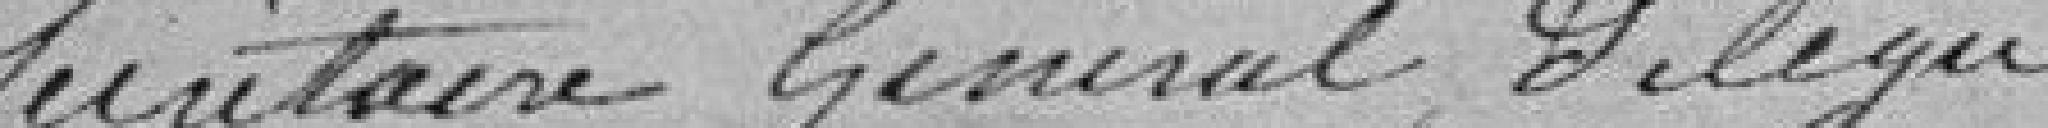
secrétaire Général, délégué,